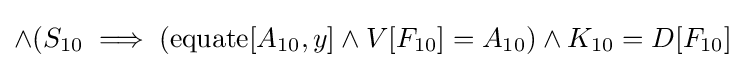
\land (S_{10}\implies (\operatorname {equate} [A_{10},y]\land V[F_{10}]=A_{10})\land K_{10}=D[F_{10}]